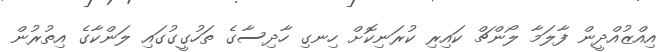
އިއްޒުއްދީން ފާލަމާ ލޯންޗް ކައިރި ކުރަނިކޮށް ހިނގި ހާދިސާގެ ތަހުގީގުގައި ލަންކާގެ އިތުރުން